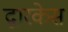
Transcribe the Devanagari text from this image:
द्वारकेस